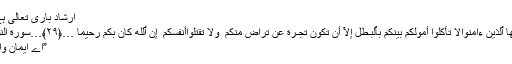
اِرشاد باری تعالیٰ ہے :
يَـٰٓأَيُّهَا ٱلَّذِينَ ءَامَنُوالَا تَأْكُلُوٓا أَمْوَ‌ٰلَكُم بَيْنَكُم بِٱلْبَـٰطِلِ إِلَّآ أَن تَكُونَ تِجَـٰرَ‌ةً عَن تَرَ‌اضٍ مِّنكُمْ ۚ وَلَا تَقْتُلُوٓاأَنفُسَكُمْ ۚ إِنَّ ٱللَّهَ كَانَ بِكُمْ رَ‌حِيمًا …﴿٢٩﴾…سورة النساء
”اے ایمان والو !